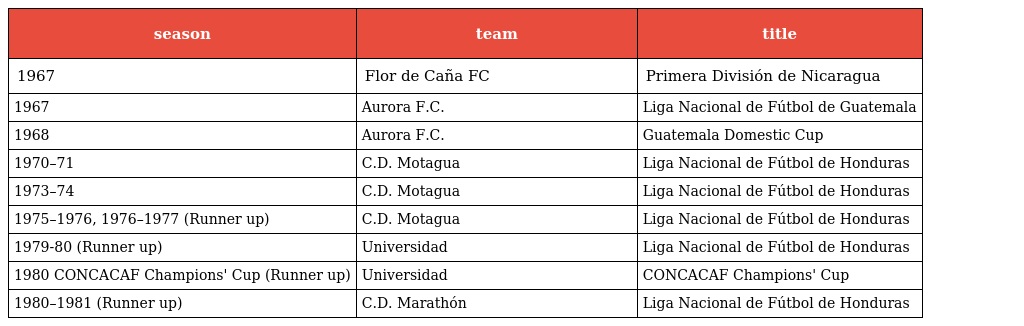
| season | team | title |
 | --- | --- | --- |
 | 1967 | Flor de Caña FC | Primera División de Nicaragua |
 | 1967 | Aurora F.C. | Liga Nacional de Fútbol de Guatemala |
 | 1968 | Aurora F.C. | Guatemala Domestic Cup |
 | 1970–71 | C.D. Motagua | Liga Nacional de Fútbol de Honduras |
 | 1973–74 | C.D. Motagua | Liga Nacional de Fútbol de Honduras |
 | 1975–1976, 1976–1977 (Runner up) | C.D. Motagua | Liga Nacional de Fútbol de Honduras |
 | 1979-80 (Runner up) | Universidad | Liga Nacional de Fútbol de Honduras |
 | 1980 CONCACAF Champions' Cup (Runner up) | Universidad | CONCACAF Champions' Cup |
 | 1980–1981 (Runner up) | C.D. Marathón | Liga Nacional de Fútbol de Honduras |